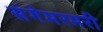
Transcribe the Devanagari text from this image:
संगेमरमरी